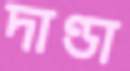
দাণ্ডা